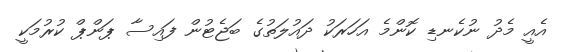
އެއީ މެދު ނުކެނޑި ކޮންމެ އަހަރަކު ދައުލަތުގެ ބަޖެޓުން ފައިސާ ޕަންޕް ކުރުމަކީ